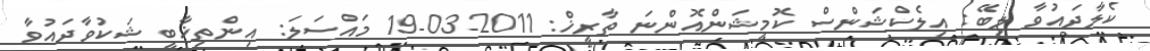
ކެލާދައުވާ ލިބޭ: އިލެކްޝަންސް ކޮމިޝަންއޮންނަ ތާރީޚް: 2011-03-19 މައްސަލަ: އިންތިޚާބީ ޝަކުވާދައުވާ